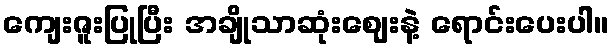
ကျေးဇူးပြုပြီး အချိုသာဆုံးဈေးနဲ့ ရောင်းပေးပါ။